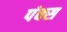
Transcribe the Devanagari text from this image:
पंक्स